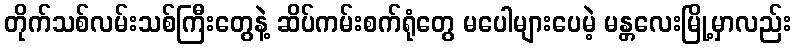
တိုက်သစ်လမ်းသစ်ကြီးတွေနဲ့ ဆိပ်ကမ်းစက်ရုံတွေ မပေါများပေမဲ့ မန္တလေးမြို့မှာလည်း